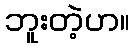
ဘူးတဲ့ဟ။